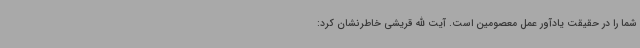
شما را در حقیقت یادآور عمل معصومین است. آیت الله قریشی خاطرنشان کرد: